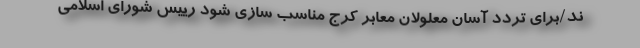
ند/برای تردد آسان معلولان معابر کرج مناسب سازی شود رییس شورای اسلامی